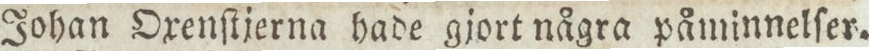
Johan Oxenſtjerna hade gjort några påminnelſer.